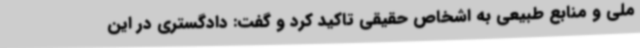
ملی و منابع طبیعی به اشخاص حقیقی تاکید کرد و گفت: دادگستری در این